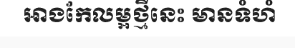
អាងកែលម្អថ្មីនេះ មានទំហំ